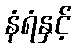
နံရံနှင့်